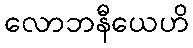
လောဘနီယေဟိ